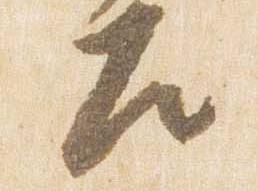
左